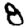
Digit: 8